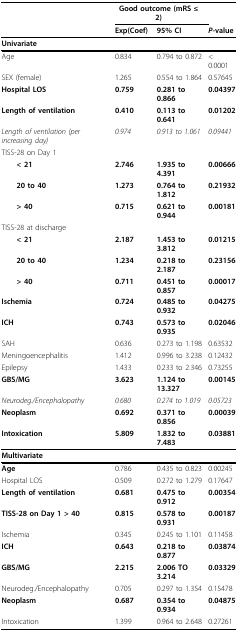
<table><thead><tr><td></td><td colspan="2"><b>Good outcome (mRS ≤ 2)</b></td><td></td></tr><tr><td></td><td><b>Exp(Coef)</b></td><td><b>95% CI</b></td><td><b><i>P</i>-value</b></td></tr></thead><tbody><tr><td><b>Univariate</b></td><td></td><td></td><td></td></tr><tr><td>Age</td><td>0.834</td><td>0.794 to 0.872</td><td>&lt; 0.0001</td></tr><tr><td>SEX (female)</td><td>1.265</td><td>0.554 to 1.864</td><td>0.57645</td></tr><tr><td><b>Hospital LOS</b></td><td><b>0.759</b></td><td><b>0.281 to 0.866</b></td><td><b>0.04397</b></td></tr><tr><td><b>Length of ventilation</b></td><td><b>0.410</b></td><td><b>0.113 to 0.641</b></td><td><b>0.01202</b></td></tr><tr><td><i>Length of ventilation (per increasing day)</i></td><td><i>0.974</i></td><td><i>0.913 to 1.061</i></td><td><i>0.09441</i></td></tr><tr><td>TISS-28 on Day 1</td><td></td><td></td><td></td></tr><tr><td> <b>&lt; 21</b></td><td><b>2.746</b></td><td><b>1.935 to 4.391</b></td><td><b>0.00666</b></td></tr><tr><td> <b>20 to 40</b></td><td><b>1.273</b></td><td><b>0.764 to 1.812</b></td><td><b>0.21932</b></td></tr><tr><td> <b>&gt; 40</b></td><td><b>0.715</b></td><td><b>0.621 to 0.944</b></td><td><b>0.00181</b></td></tr><tr><td>TISS-28 at discharge</td><td></td><td></td><td></td></tr><tr><td> <b>&lt; 21</b></td><td><b>2.187</b></td><td><b>1.453 to 3.812</b></td><td><b>0.01215</b></td></tr><tr><td> <b>20 to 40</b></td><td><b>1.234</b></td><td><b>0.218 to 2.187</b></td><td><b>0.23156</b></td></tr><tr><td> <b>&gt; 40</b></td><td><b>0.711</b></td><td><b>0.451 to 0.857</b></td><td><b>0.00017</b></td></tr><tr><td><b>Ischemia</b></td><td><b>0.724</b></td><td><b>0.485 to 0.932</b></td><td><b>0.04275</b></td></tr><tr><td><b>ICH</b></td><td><b>0.743</b></td><td><b>0.573 to 0.935</b></td><td><b>0.02046</b></td></tr><tr><td>SAH</td><td>0.636</td><td>0.273 to 1.198</td><td>0.63532</td></tr><tr><td>Meningoencephalitis</td><td>1.412</td><td>0.996 to 3.238</td><td>0.12432</td></tr><tr><td>Epilepsy</td><td>1.433</td><td>0.233 to 2.346</td><td>0.73255</td></tr><tr><td><b>GBS/MG</b></td><td><b>3.623</b></td><td><b>1.124 to 13.327</b></td><td><b>0.00145</b></td></tr><tr><td><i>Neurodeg./Encephalopathy</i></td><td><i>0.680</i></td><td><i>0.274 to 1.019</i></td><td><i>0.05723</i></td></tr><tr><td><b>Neoplasm</b></td><td><b>0.692</b></td><td><b>0.371 to 0.856</b></td><td><b>0.00039</b></td></tr><tr><td><b>Intoxication</b></td><td><b>5.809</b></td><td><b>1.832 to 7.483</b></td><td><b>0.03881</b></td></tr><tr><td><b>Multivariate</b></td><td></td><td></td><td></td></tr><tr><td><b>Age</b></td><td>0.786</td><td>0.435 to 0.823</td><td>0.00245</td></tr><tr><td>Hospital LOS</td><td>0.509</td><td>0.272 to 1.279</td><td>0.17647</td></tr><tr><td><b>Length of ventilation</b></td><td><b>0.681</b></td><td><b>0.475 to 0.912</b></td><td><b>0.00354</b></td></tr><tr><td><b>TISS-28 on Day 1 &gt; 40</b></td><td><b>0.815</b></td><td><b>0.578 to 0.931</b></td><td><b>0.00187</b></td></tr><tr><td>Ischemia</td><td>0.345</td><td>0.245 to 1.101</td><td>0.11458</td></tr><tr><td><b>ICH</b></td><td><b>0.643</b></td><td><b>0.218 to 0.877</b></td><td><b>0.03874</b></td></tr><tr><td><b>GBS/MG</b></td><td><b>2.215</b></td><td><b>2.006 TO 3.214</b></td><td><b>0.03329</b></td></tr><tr><td>Neurodeg./Encephalopathy</td><td>0.705</td><td>0.297 to 1.354</td><td>0.15478</td></tr><tr><td><b>Neoplasm</b></td><td><b>0.687</b></td><td><b>0.354 to 0.934</b></td><td><b>0.04875</b></td></tr><tr><td>Intoxication</td><td>1.399</td><td>0.964 to 2.648</td><td>0.27261</td></tr></tbody></table>